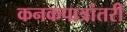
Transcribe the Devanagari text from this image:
कनकपात्रांतरी